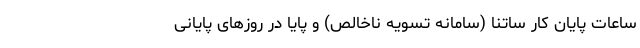
ساعات پایان کار ساتنا (سامانه تسویه ناخالص) و پایا در روزهای پایانی